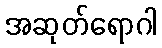
အဆုတ်ရောဂါ